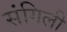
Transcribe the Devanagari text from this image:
संगिली